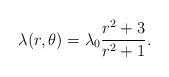
LaTeX: \begin{align*} \lambda(r,\theta)=\lambda_0\frac{r^2+3}{r^2+1}. \end{align*}